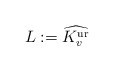
\begin{align*}L:=\widehat{K_v^{\mathrm{ur}}}\end{align*}